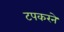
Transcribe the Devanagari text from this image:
टपकरने